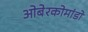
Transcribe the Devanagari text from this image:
ओबेरकोमांडो